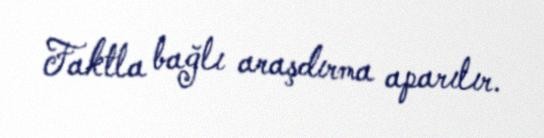
Faktla bağlı araşdırma aparılır.